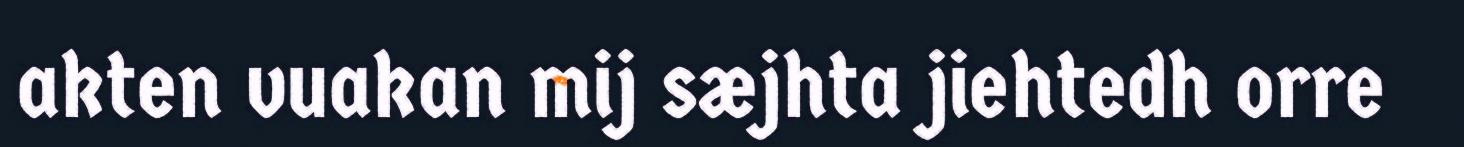
akten vuakan mij sæjhta jiehtedh orre